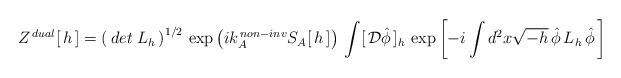
\begin{align*}Z^{\, dual}[\,h\,]=\left(\, det\; L_h\, \right)^{1/2}\,\exp \left(ik_A^{\, non-inv}S _A[\,h\,]\right)\, \int[\,{\cal D}\hat\phi\,]_h\,\exp\left[ -i\int d^2x \sqrt{-h}\,\hat\phi\, L_h\,\hat\phi\,\right]\end{align*}